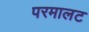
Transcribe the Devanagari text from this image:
परमालट